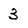
Character: 3